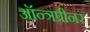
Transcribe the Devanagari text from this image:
ऑन्त्रप्रीनर